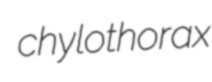
chylothorax